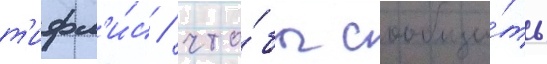
т'ифл'и́с / что́бы сообщи́ть